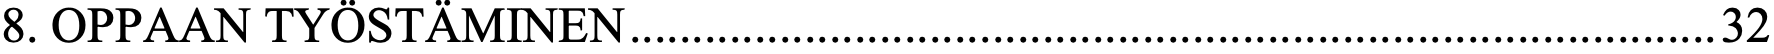
8. OPPAAN TYÖSTÄMINEN ....................................................................................... 32